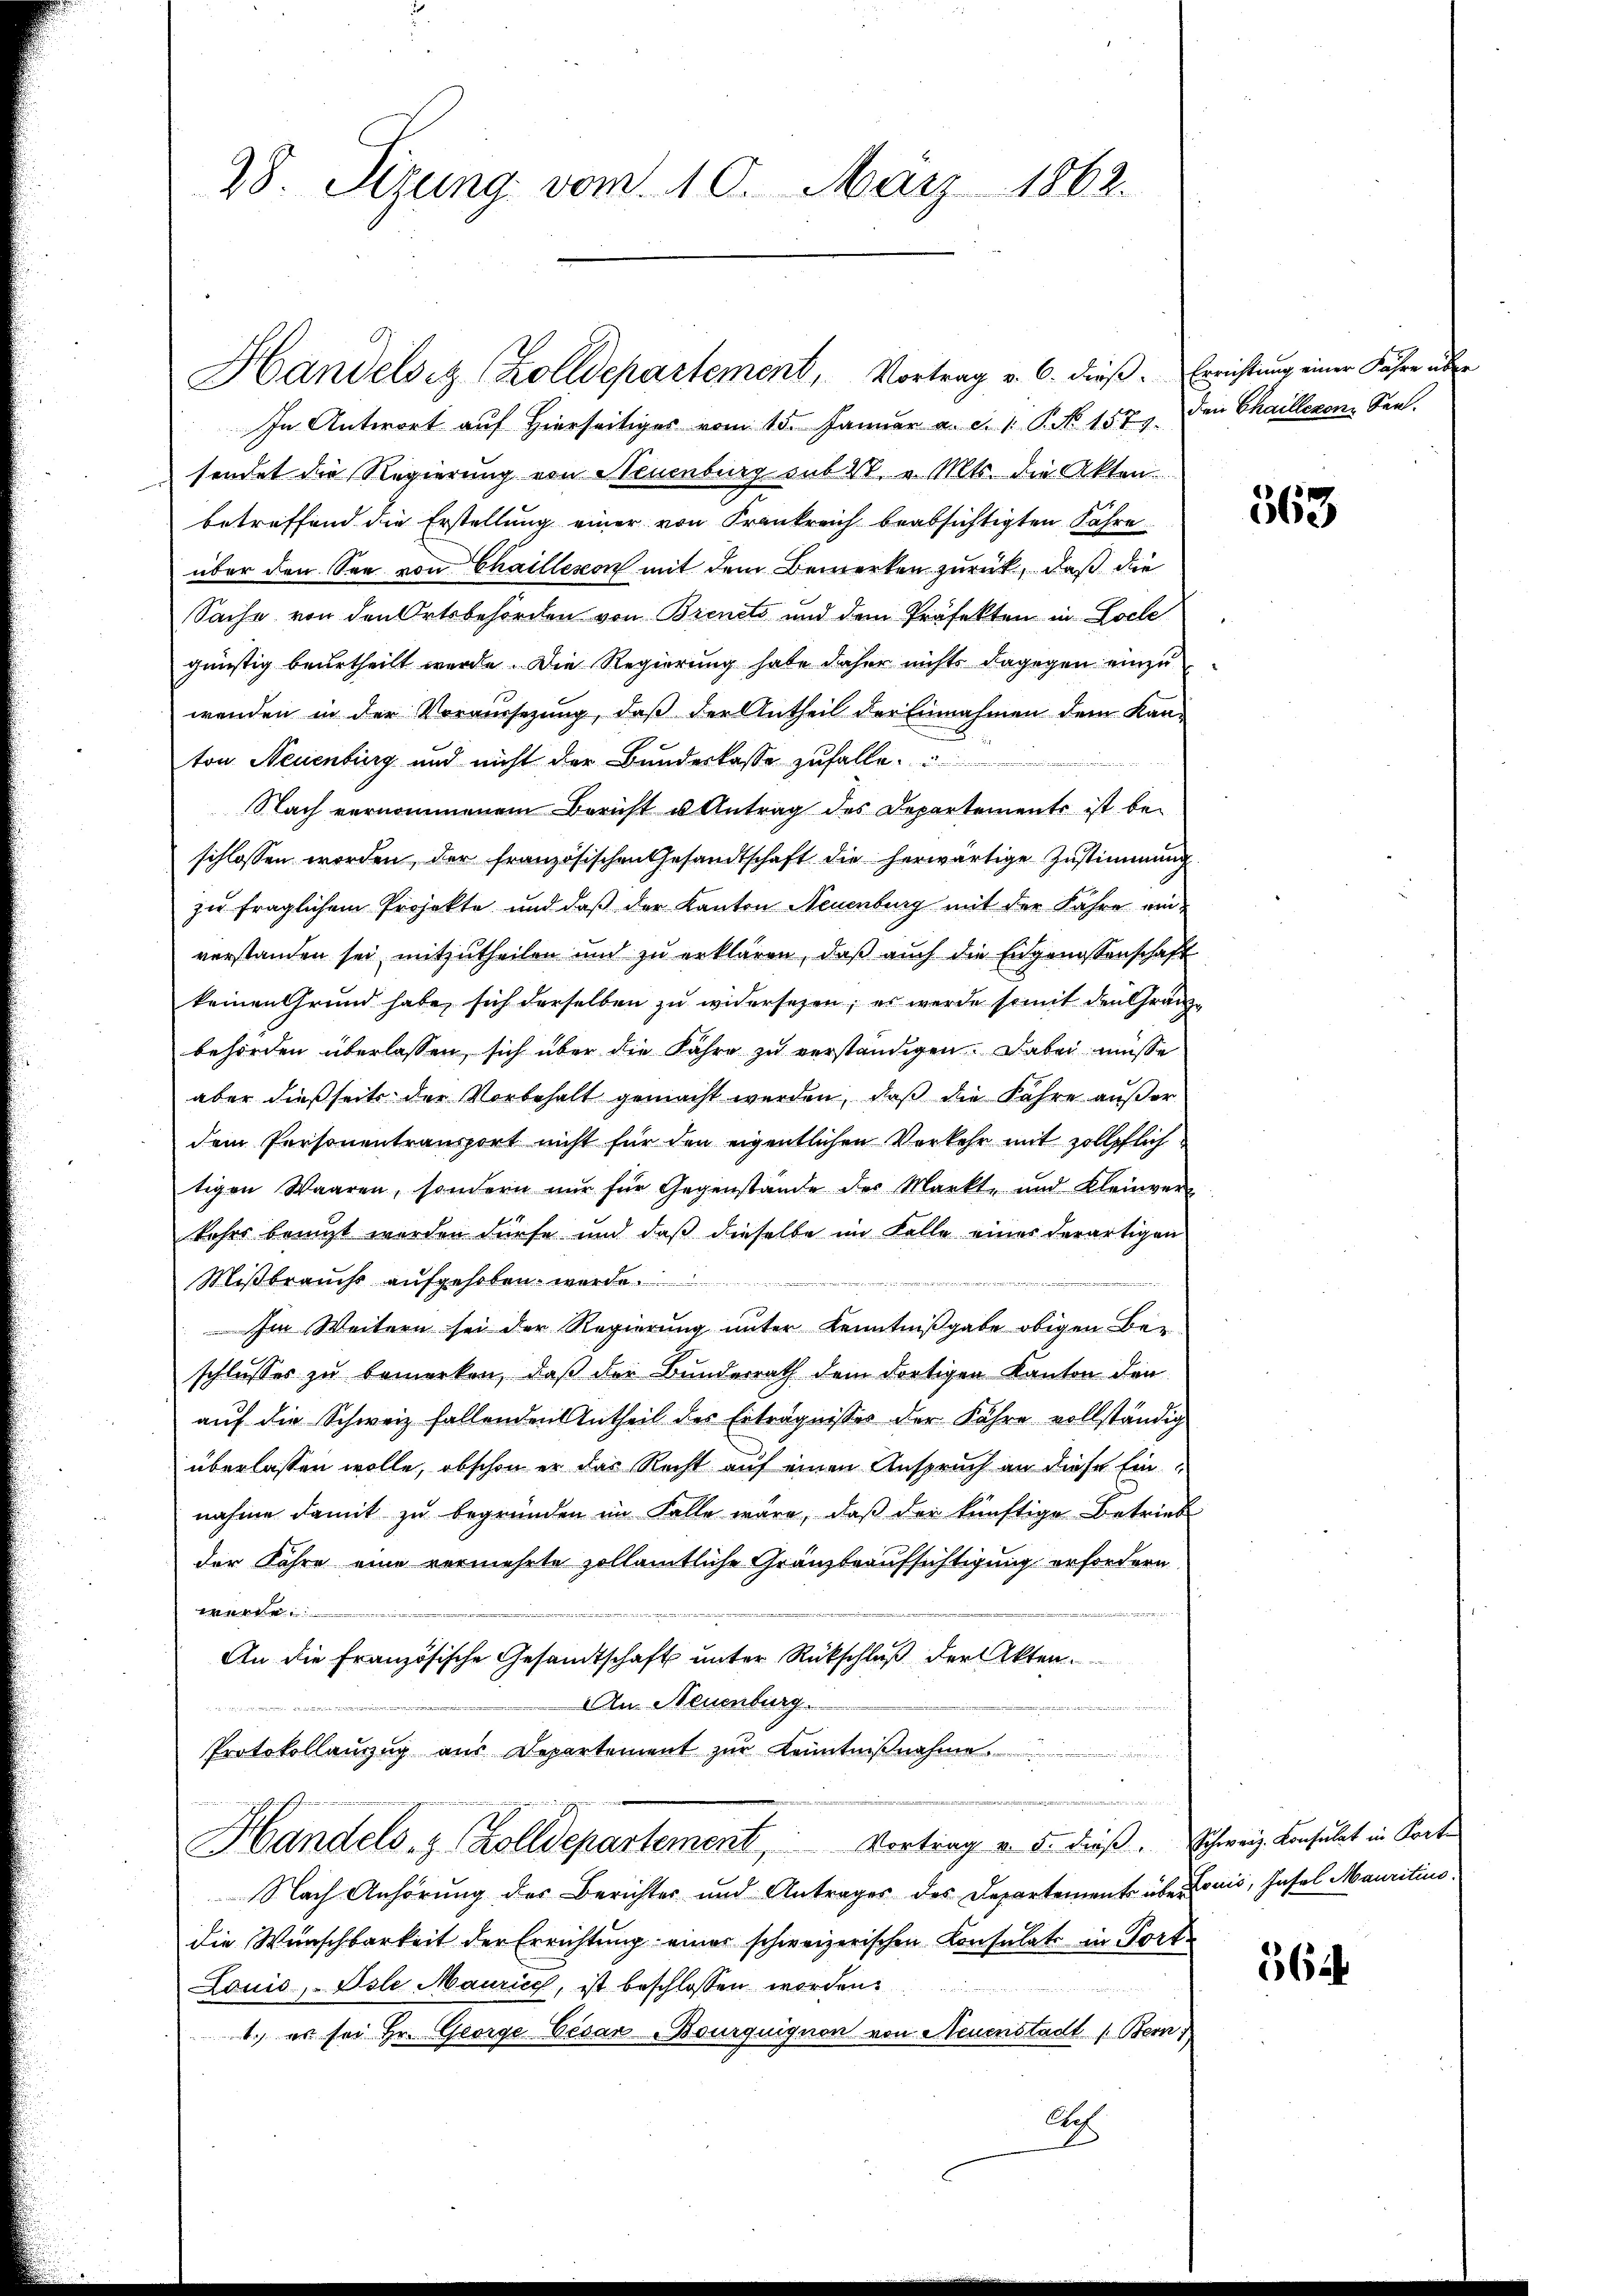
28. Sizung vom 10. März 1862.

In Antwort auf Hierseitiges vom 15. Januar a. c. 1. P. No 157. Den Chailleron Sant-
sendet die Regierung von Neuenburg sub 28. v. Mts. die Akten.
betreffend die Erstellung einer von Frankreich beabsichtigten Jahre
über den See von Chaillesen mit dem Bemerken zurück, daß die
Sache von den Ortsbehörden von Brencts und dem Präfekten in Loche
günstig beurtheilt wurde. Die Regierung habe daher nichts dagegen einzu
wenden in der Voraussetzung, daß der Antheil der Einnahmen dem Kan-
ton Neuenburg und nicht der Bundeskasse zufalle.
Nach vernommenem Bericht u Antrag des Departements ist be-
schlossen worden, der französischen Gesandtschaft die herwärtige Zustimmung.
zu fraglichem Projekte und daß der Kanton Neuenburg mit der Jahre einverstanden sei mitzutheilen und zu erklären, daβ aŭch die Engenossenschaft
keinen Grund habe sich derselben zu widersehen; es werde somit den Gränzbehörden überlassen, sich über die Fahre zu verständigen. Dabei müsse
aber dießseits der Vorbehalt gemacht werden, daß die Fahre außer
dem Personentransport nicht für den eigentlichen Verkehr mit zollpflich
tigen Waaren, sondern nŭr für Gegenstände des Markte und Kleinver-
kohrs bringt worden dürfe und daß dieselbe im Falle eines derartigen
Mißbrauchs aufgehoben werde.
i
Im Weitern sei der Regierung unter Kenntnißgabe obigen Ber
schlusses zu bemerken, daß der Bunderrath dem dortigen Kanton den
auf die Schweiz fallenden Antheil des Erträgnisses der Fahre vollständig
überlassen wolle, obschon er das Recht auf einen Anspruch an diese Einnahme damit zu begründen im Falle wäre, daß der künftige Betrieb
der Jahre eine vermehrte zollamtliche Gränzteaufsichtigung erfordern
werde
An die Französische Gesandtschaft unter Rückschluß der Akten.
An Neuenburg.
Protokollauszug aus Departement zur Kenntniβnahme

Handels- & Zolldepartement Vortrag v. 5. dieß. Schweiz. Konsulat in Korte
Nach Anhörung des Berichter und Antrages des Departement über Louis, Insel Mauritius
die Wunschbarkeit der Errichtung einer schweizerischen Consulats in Port
Louis, - Osle Maurice, ist beschlossen worden.
1. es sei Hr. George Cesar Bourquignon von Neuenstadt (Bern 1
Aeh

Handelsiz (Zolldepartement, Vortrag v. 6. dieß. Errichtung einer Fahre über

563

5644.